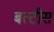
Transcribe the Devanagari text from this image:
बत्टीस